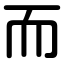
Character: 而